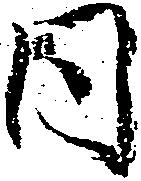
同